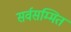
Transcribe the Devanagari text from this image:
सर्वसम्मित